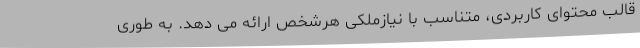
قالب محتوای کاربردی، متناسب با نیازملکی هرشخص ارائه می دهد. به طوری